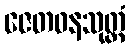
ဇေတဝနသုတ္တံ